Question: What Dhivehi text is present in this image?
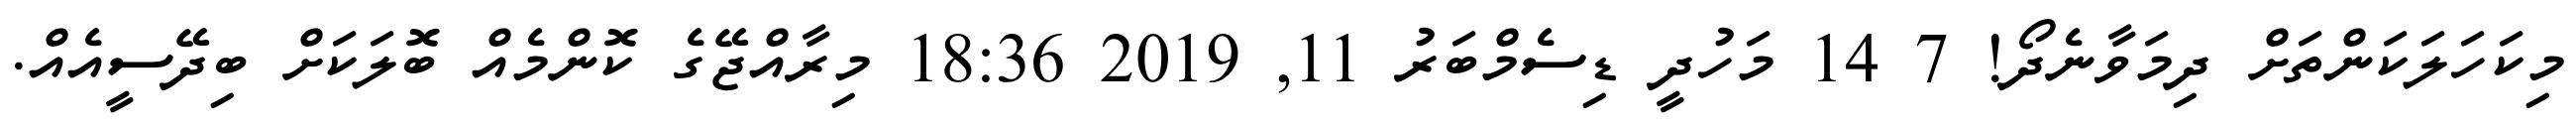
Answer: މިކަހަލަކަންތަށް ދިމަވާނެދޯ! 7 14 މަހުދީ ޑިސެމްބަރު 11, 2019 18:36 މިރާއްޖޭގެ ކޮންމެއް ބޮލަކަށް ބިދޭސީއެއް.